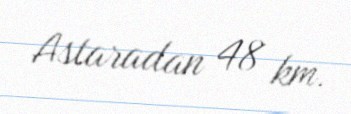
Astaradan 48 km.